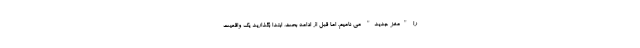
را "مغز جدید" می نامیم. اما قبل از ادامه بحث، ابتدا بگذارید یک واقعیت